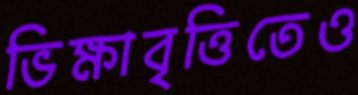
ভিক্ষাবৃত্তিতেও